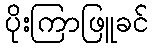
ပိုးကြာဖြူခင်